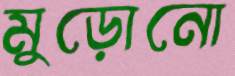
মুড়োনো